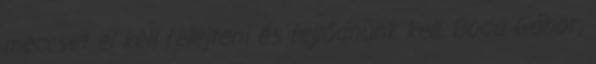
meccset el kell felejteni és fejlődnünk kell. Boda Gábor,